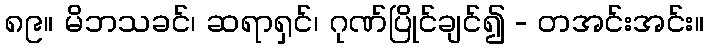
၈၉။ မိဘသခင်၊ ဆရာရှင်၊ ဂုဏ်ပြိုင်ချင်၍ - တအင်းအင်း။